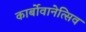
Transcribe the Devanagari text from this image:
कार्बोवानेत्सिव